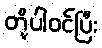
တို့ပါဝင်ပြီး